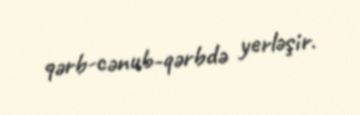
qərb-cənub-qərbdə yerləşir.